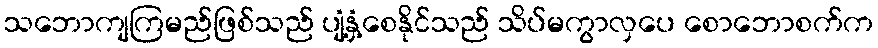
သဘောကျကြမည်ဖြစ်သည် ပျံ့နှံ့စေနိုင်သည် သိပ်မကွာလှပေ စောဘောစက်က